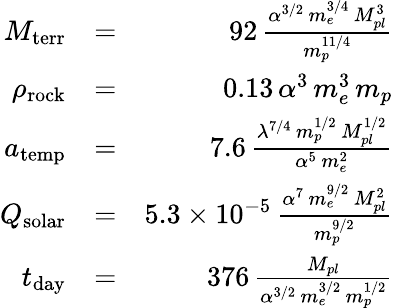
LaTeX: \begin{array}{rlr}{M_{\mathrm{terr}}}&{=}&{92\, \frac{\alpha^{3/2}\, m_{e}^{3/4}\, M_{pl}^{3}}{m_{p}^{11/4}}}\\ {\rho_{\mathrm{rock}}}&{=}&{0.13\, \alpha^{3}\, m_{e}^{3}\, m_{p}}\\ {a_{\mathrm{temp}}}&{=}&{7.6\, \frac{\lambda^{7/4}\, m_{p}^{1/2}\, M_{pl}^{1/2}}{\alpha^{5}\, m_{e}^{2}}}\\ {Q_{\mathrm{solar}}}&{=}&{5.3\times 10^{-5}\, \frac{\alpha^{7}\, m_{e}^{9/2}\, M_{pl}^{2}}{m_{p}^{9/2}}}\\ {t_{\mathrm{day}}}&{=}&{376\, \frac{M_{pl}}{\alpha^{3/2}\, m_{e}^{3/2}\, m_{p}^{1/2}}}\end{array}